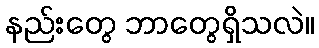
နည်းတွေ ဘာတွေရှိသလဲ။